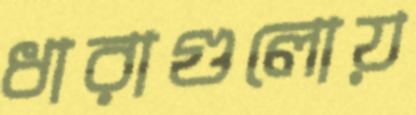
ধারাগুলোয়